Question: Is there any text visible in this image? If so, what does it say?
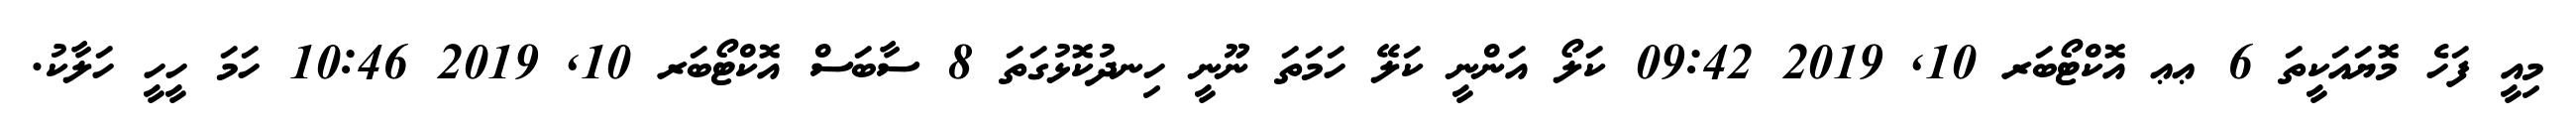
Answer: މިއީ ފަހެ މޮޔައަކީތަ 6 ޢޢ އޮކްޓޯބަރ 10, 2019 09:42 ކަލޯ އަންނީ ކަލޭ ހަމަތަ ނޫނީ ހިނދުކޮޅުގަތަ 8 ސާބަސް އޮކްޓޯބަރ 10, 2019 10:46 ހަމަ ހީހީ ހަލާކު.